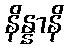
နိန္နာနိ